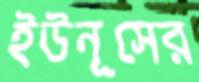
ইউনূসের